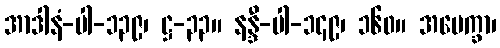
အာဒါနံ-ပါ-၁၃၉၊ ဋ္ဌ-၃၃။ နန္ဒီ-ပါ-၁၄၉၊ ၁၆၀။ အပေက္ခာ၊